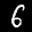
Label: 6